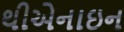
થીએનાઇન